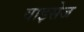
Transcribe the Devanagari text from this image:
वाइसेज